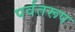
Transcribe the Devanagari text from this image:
पर्वतरूप